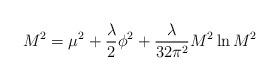
LaTeX: \begin{align*}M^2= \mu ^2 + {\lambda \over 2} \phi ^2 + {\lambda \over 32 \pi ^ 2} M^2 \ln {M^2}\end{align*}